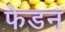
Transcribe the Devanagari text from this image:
फेडन